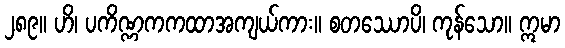
၂၈၉။ ဟိ၊ ပကိဏ္ဏကကထာအကျယ်ကား။ စတဿောပိ၊ ကုန်သော။ ဣမာ